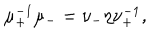
\mu _ { + } ^ { - 1 } \mu _ { - } = \nu _ { - } \eta \nu _ { + } ^ { - 1 } ,